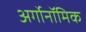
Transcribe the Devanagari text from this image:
अर्गोनॉमिक